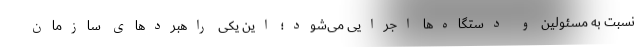
نسبت به مسئولین و دستگاه‌ها اجرایی می‌شود؛ این یکی راهبرد‌های سازمان